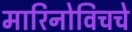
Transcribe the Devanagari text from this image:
मारिनोविचचे